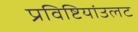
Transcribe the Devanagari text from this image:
प्रविष्टियांउलट